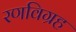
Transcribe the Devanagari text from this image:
रणविग्रह